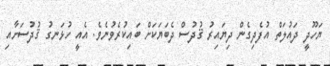
ޔަހޫދީ ދައުލަތް އުފެދިގެން ދިޔައިރު ޤުދުސް ދެބަޔަކަށް ބައިކުރެވުނެވެ. އެއީ ހުޅަނގު ޤުދުސަށާއި